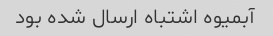
آبمیوه اشتباه ارسال شده بود